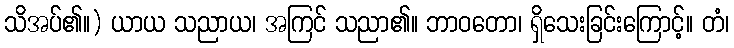
သိအပ်၏။) ယာယ သညာယ၊ အကြင် သညာ၏။ ဘာဝတော၊ ရှိသေးခြင်းကြောင့်။ တံ၊